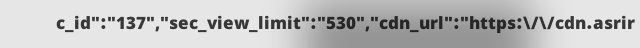
c_id":"137","sec_view_limit":"530","cdn_url":"https:\/\/cdn.asrir